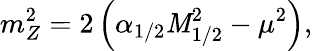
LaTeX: m_{Z}^{2}=2\left(\alpha_{1/2}\mathit{M}_{1/2}^{2}-\mu^{2}\right),